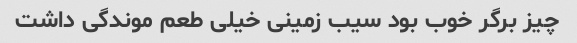
چیز برگر خوب بود سیب زمینی خیلی طعم موندگی داشت